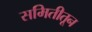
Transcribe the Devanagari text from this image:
समितीतून